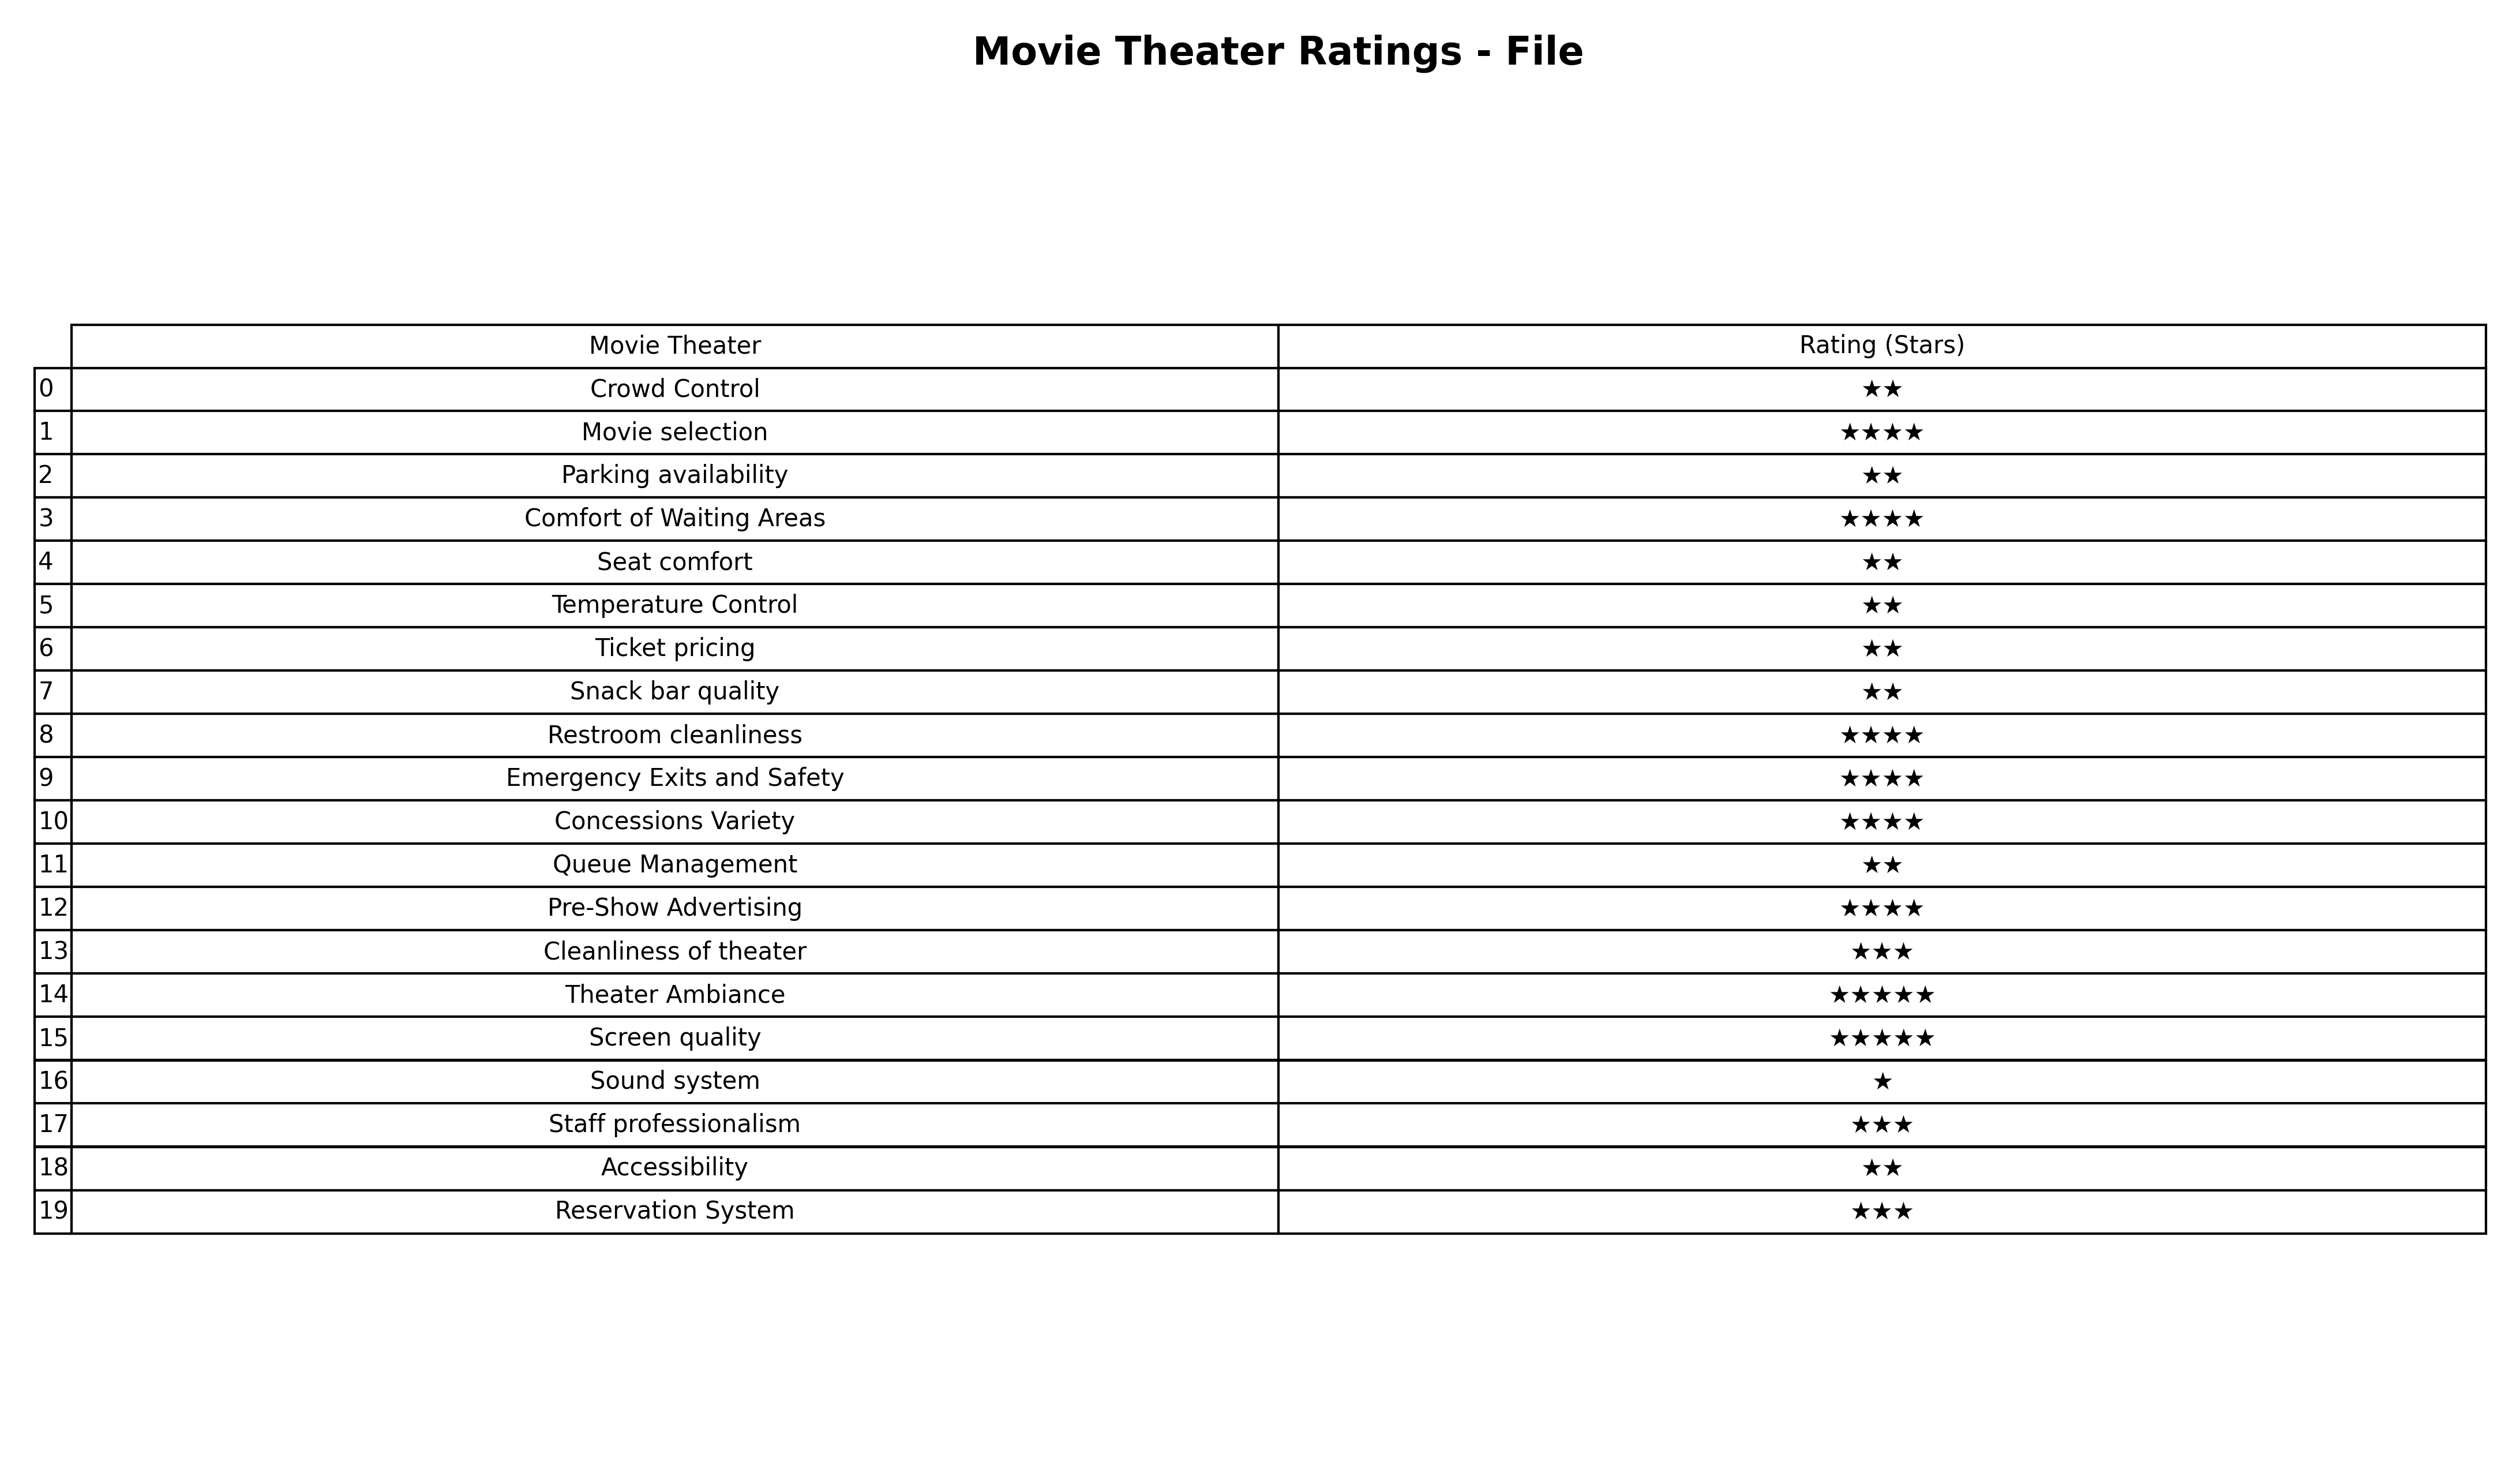
question: What are lowest rating services?
answer: Sound system